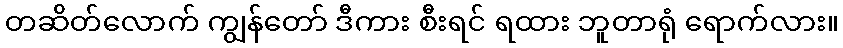
တဆိတ်လောက် ကျွန်တော် ဒီကား စီးရင် ရထား ဘူတာရုံ ရောက်လား။